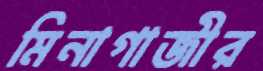
মিনাগাজীর